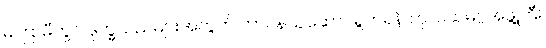
မကြာမီတွင် ဒုက္ခသည်များအတွက် တာဝန်ယူဆောင်ရွက်ရန် ကုလသမဂ္ဂအဖွဲ့ကြီး